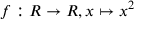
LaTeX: f : R \rightarrow R , x \mapsto x ^ { 2 }